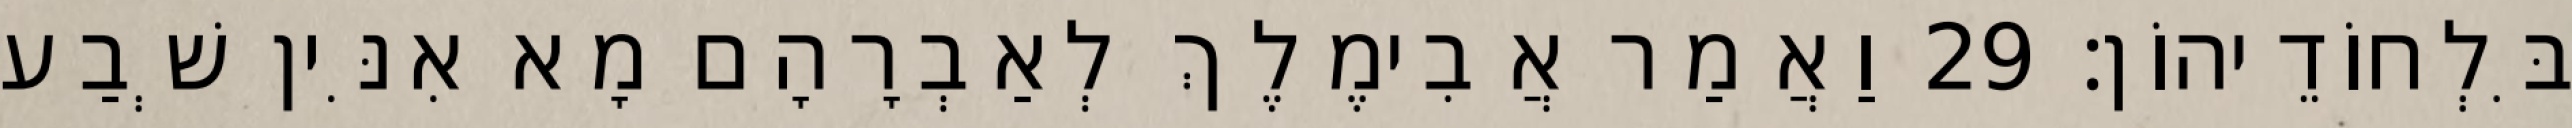
בִּלְחוֹדֵיהוֹן׃ 29 וַאֲמַר אֲבִימֶלֶךְ לְאַבְרָהָם מָא אִנִּין שְׁבַע